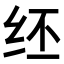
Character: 𫄞